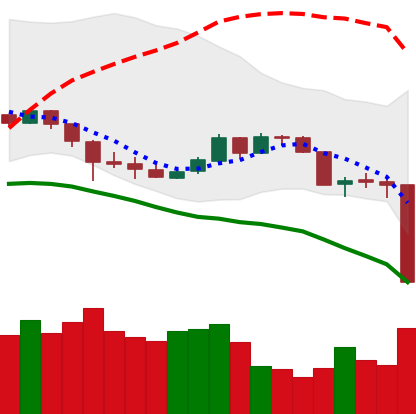
Ticker: DOGE-USD
Chart end date: 2020-03-12
Forward return: 3.253%
Label: up_3_5